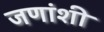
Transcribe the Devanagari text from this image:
जणांशी